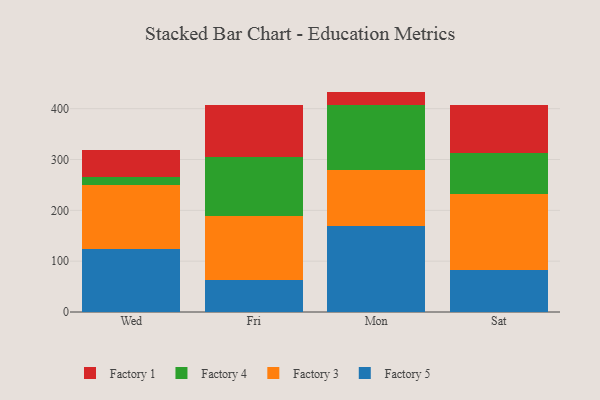
{"axis": {"x": "Day", "y": "Energy Usage (MWh)"}, "legend": ["Factory 1", "Factory 3", "Factory 4", "Factory 5"], "data": [{"x": "Wed", "y": 124.0, "type": "Factory 5"}, {"x": "Wed", "y": 125.1, "type": "Factory 3"}, {"x": "Wed", "y": 17.3, "type": "Factory 4"}, {"x": "Wed", "y": 51.4, "type": "Factory 1"}, {"x": "Fri", "y": 63.0, "type": "Factory 5"}, {"x": "Fri", "y": 126.7, "type": "Factory 3"}, {"x": "Fri", "y": 114.9, "type": "Factory 4"}, {"x": "Fri", "y": 101.9, "type": "Factory 1"}, {"x": "Mon", "y": 169.0, "type": "Factory 5"}, {"x": "Mon", "y": 110.0, "type": "Factory 3"}, {"x": "Mon", "y": 128.4, "type": "Factory 4"}, {"x": "Mon", "y": 26.2, "type": "Factory 1"}, {"x": "Sat", "y": 82.9, "type": "Factory 5"}, {"x": "Sat", "y": 149.7, "type": "Factory 3"}, {"x": "Sat", "y": 79.6, "type": "Factory 4"}, {"x": "Sat", "y": 94.6, "type": "Factory 1"}]}